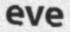
eve